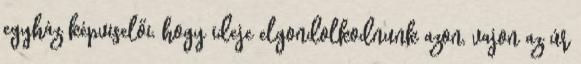
egyház képviselői, hogy ideje elgondolkodnunk azon, vajon az úr